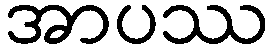
အာပဿ